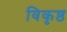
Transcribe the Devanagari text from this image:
विकृष्ठ